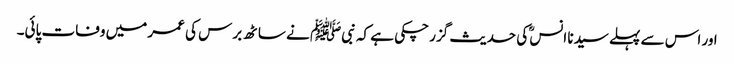
اور اس سے پہلے سیدنا انسؓ کی حدیث گزر چکی ہے کہ نبیﷺ نے ساٹھ برس کی عمر میں وفات پائی۔